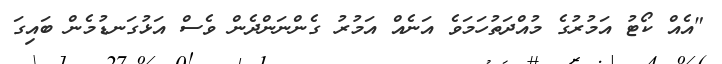
"އެއް ކޯޓު އަމުރުގެ މުއްދަތުހަމަވެ އަނެއް އަމުރު ގެންނަންދެން ވެސް އަޅުގަނޑުމެން ބައިގަ